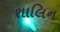
શાલિન